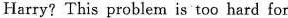
Harry? This problem is too hard for